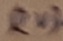
Text: RV3